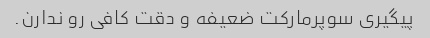
پیگیری سوپرمارکت ضعیفه و دقت کافی رو ندارن.